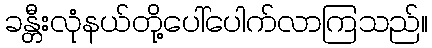
ခန္တီးလုံနယ်တို့ပေါ်ပေါက်လာကြသည်။